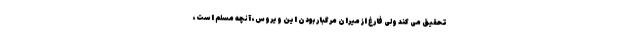
تحقیق می کند ولی فارغ از میران مرگبار بودن این ویروس، آنچه مسلم است،